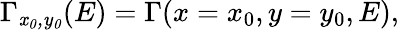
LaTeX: \Gamma_{\mathit{x_{0},y_{0}}}(E)=\Gamma(x=x_{0},y=y_{0},E),